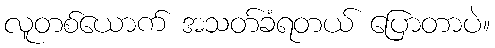
လူတစ်ယောက် အသတ်ခံရတယ် ပြောတာပဲ။